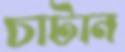
চাটান